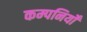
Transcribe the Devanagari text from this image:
कम्पनियोँ